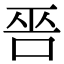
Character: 𠳄